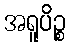
အရူပိဉ္စ